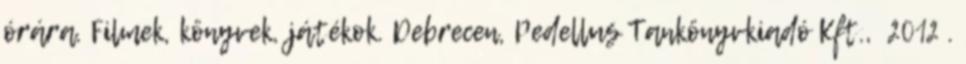
órára. Filmek, könyvek, játékok. Debrecen, Pedellus Tankönyvkiadó Kft., 2012 .